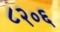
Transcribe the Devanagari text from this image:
८२०६